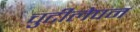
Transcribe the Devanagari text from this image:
चुटीलेपन